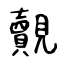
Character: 覿